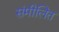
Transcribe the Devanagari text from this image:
संमीलित